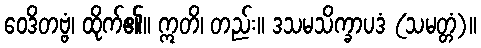
ဝေဒိတဗ္ဗံ၊ ထိုက်၏။ ဣတိ၊ တည်း။ ဒသမသိက္ခာပဒံ (သမတ္တံ)။